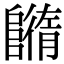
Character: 𨼕